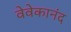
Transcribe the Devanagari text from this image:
वेवेकानंद